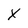
Character: x